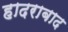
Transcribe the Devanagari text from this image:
हादराबाद